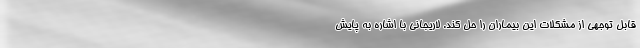
قابل توجهی از مشکلات این بیماران را حل کند. لاریجانی با اشاره به پایش